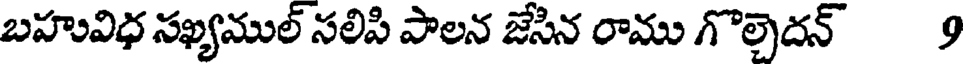
బహువిధ సఖ్యముల్ సలిపి పాలన జేసిన రాము గొల్చెదన్ 9